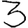
Digit: 3